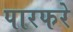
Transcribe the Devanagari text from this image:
पारफरे